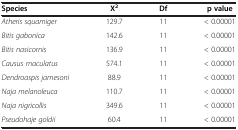
<table><thead><tr><td><b>Species</b></td><td><b>Χ<sup>2</sup></b></td><td><b>Df</b></td><td><b>p value</b></td></tr></thead><tbody><tr><td><i>Atheris squamiger</i></td><td>129.7</td><td>11</td><td>&lt; 0.00001</td></tr><tr><td><i>Bitis gabonica</i></td><td>142.6</td><td>11</td><td>&lt; 0.00001</td></tr><tr><td><i>Bitis nasicornis</i></td><td>136.9</td><td>11</td><td>&lt; 0.00001</td></tr><tr><td><i>Causus maculatus</i></td><td>574.1</td><td>11</td><td>&lt; 0.00001</td></tr><tr><td><i>Dendroaspis jamesoni</i></td><td>88.9</td><td>11</td><td>&lt; 0.00001</td></tr><tr><td><i>Naja melanoleuca</i></td><td>110.7</td><td>11</td><td>&lt; 0.00001</td></tr><tr><td><i>Naja nigricollis</i></td><td>349.6</td><td>11</td><td>&lt; 0.00001</td></tr><tr><td><i>Pseudohaje goldii</i></td><td>60.4</td><td>11</td><td>&lt; 0.00001</td></tr></tbody></table>